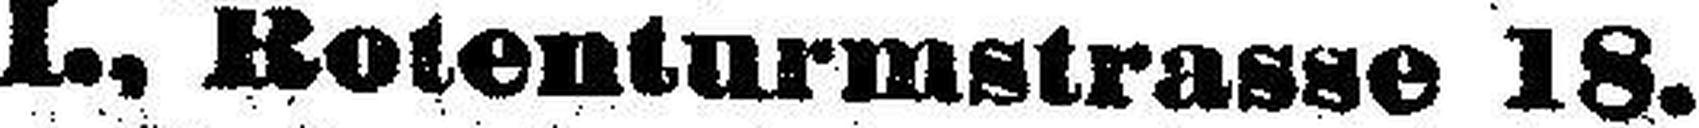
L, Rotenturmstrasse 18.